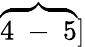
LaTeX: \overbrace{4\mathrm{~-~}5}]